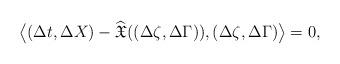
LaTeX: \begin{align*} \big\langle (\Delta t,\Delta X)-\widehat{\mathfrak{X}}((\Delta\zeta,\Delta\Gamma)),(\Delta\zeta,\Delta\Gamma)\big\rangle=0, \end{align*}